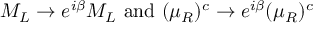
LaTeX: M _ { L } \to e ^ { i \beta } M _ { L } { \mathrm { ~ a n d ~ } } ( \mu _ { R } ) ^ { c } \to e ^ { i \beta } ( \mu _ { R } ) ^ { c }